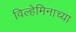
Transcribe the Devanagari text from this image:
विल्हेमिनाच्या